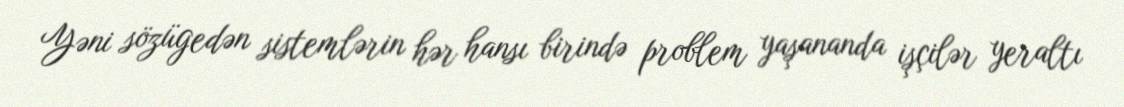
Yəni sözügedən sistemlərin hər hansı birində problem yaşananda işçilər yeraltı